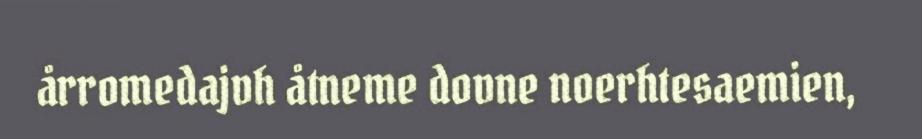
årromedajvh åtneme dovne noerhtesaemien,